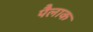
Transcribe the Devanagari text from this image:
पैलाक